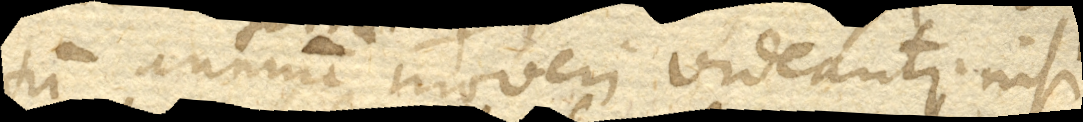
tum annuum terrae moveri videantur, nisi